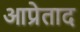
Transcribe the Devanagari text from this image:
आप्रेताद